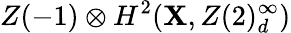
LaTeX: Z(-1)\otimes{}H^{2}(\mathbf{X},Z(2)_{d}^{\infty})